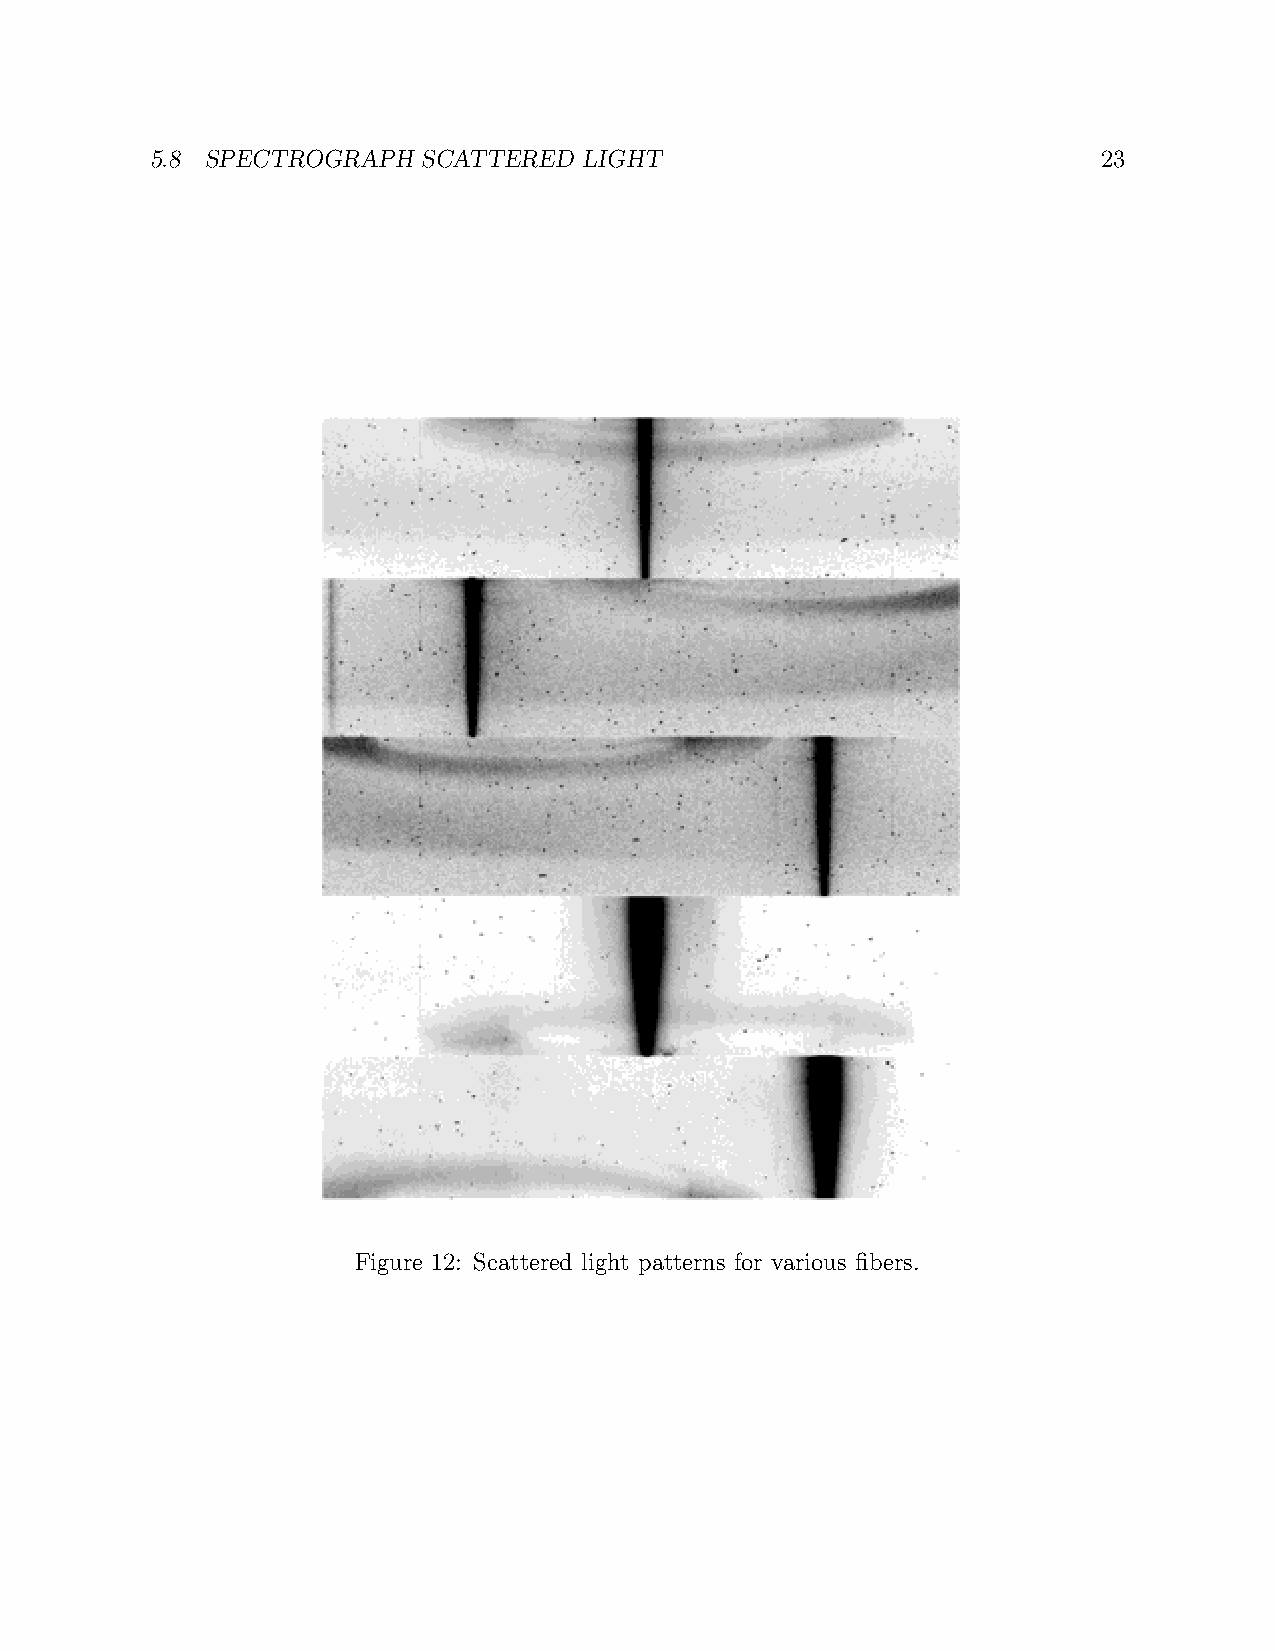
5.8 SPECTROGRAPH  SCATTERED  LIGHT                             23
 Figure 12: Scattered light patterns for various fibers.